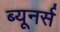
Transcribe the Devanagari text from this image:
ब्यूनर्स